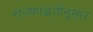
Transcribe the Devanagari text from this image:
राज्यपद्धतीनुसार